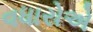
વધારોએ